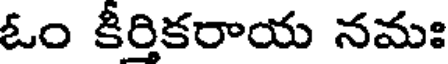
ఓం కీర్తికరాయ నమః